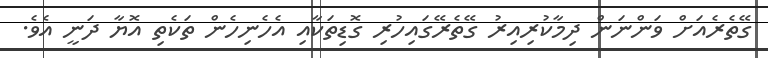
ގޭތެރެއަށް ވަންނަން ދިމާކުރިއިރު ގޭތެރޭގައިހުރި ގޮޑިތަކާއި އެހެނިހެން ތަކެތި އޮޔާ ދަނީ އެވެ.